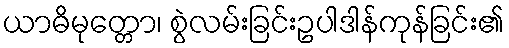
ယာဓိမုတ္တော၊ စွဲလမ်းခြင်းဥပါဒါန်ကုန်ခြင်း၏